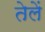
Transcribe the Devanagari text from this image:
तेलें